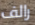
رالف